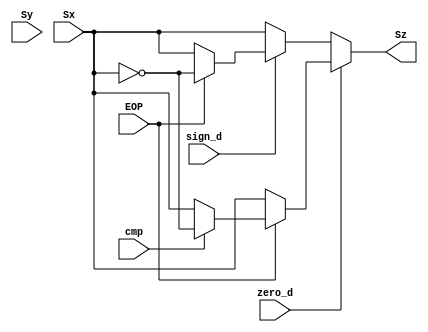


module Sign_of_z(
    input wire  Sx,Sy,EOP,cmp,zero_d,sign_d,
    output reg  Sz
    );
	
	always @(*)
	begin
	if(zero_d==1)
		begin
			if (EOP==0)
				begin
				Sz=Sx;
				end
			else if (cmp==0) // EOP =1
				begin
				Sz=Sx;
				end
			else //  EOP =1 & cmp =1
				begin
				Sz=~Sx;
				end
		end
	else if (sign_d==0) // Ex > Ey 
		begin
			if (EOP==0)
				begin
				Sz=Sx;
				end
			else 
				begin
				Sz=Sx;
				end
		end
	else // sign_d = 1    EY > EX
		begin
			if (EOP==0)
				begin
				Sz=Sx;
				end
			else 
				begin
				Sz=~Sx;
				end
		end
	end
	endmodule